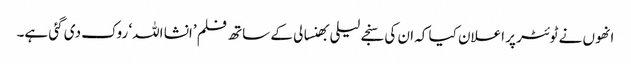
انھوں نے ٹوئٹر پر اعلان کیا کہ ان کی سنجے لیلی بھنسالی کے ساتھ فلم ’انشا اللہ‘ روک دی گئی ہے۔